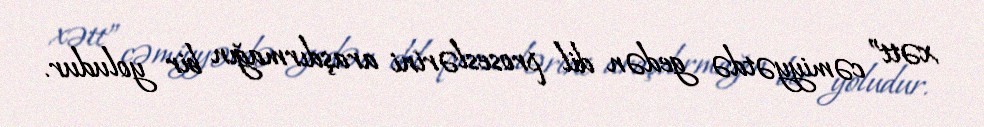
xətt” cəmiyyətdə gedən dil proseslərini araşdırmağın bir yoludur.